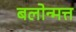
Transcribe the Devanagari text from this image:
बलोन्मत्त